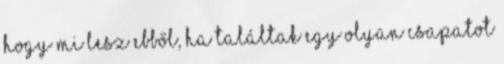
hogy mi lesz ebből, ha találtak egy olyan csapatot